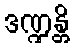
ဒဏ္ဍန္တိ